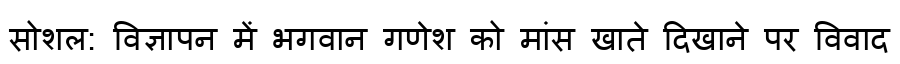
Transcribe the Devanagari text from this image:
सोशल: विज्ञापन में भगवान गणेश को मांस खाते दिखाने पर विवाद